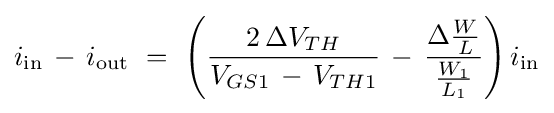
i_{\text{in}}\,-\,i_{\text{out}}~=~\left({\frac {2\,\Delta V_{TH}}{V_{GS1}\,-\,V_{TH1}}}\,-\,{\frac {\Delta {\frac {W}{L}}}{\frac {W_{1}}{L_{1}}}}\right)i_{\text{in}}